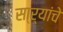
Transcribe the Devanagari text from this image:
सा्र्‍यांचे